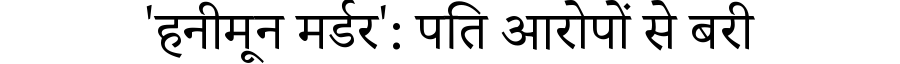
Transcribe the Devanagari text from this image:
'हनीमून मर्डर': पति आरोपों से बरी